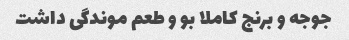
جوجه و برنج کاملا بو و طعم موندگی داشت